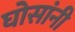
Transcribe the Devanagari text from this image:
घोसांनी